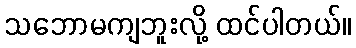
သဘောမကျဘူးလို့ ထင်ပါတယ်။